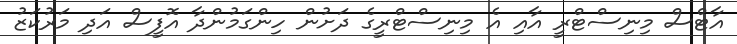
އާޓްސް މިނިސްޓްރީ އާއި އެ މިނިސްޓްރީގެ ދަށުން ހިންގަމުންދާ އޮފީސް އަދި މަރުކަޒު